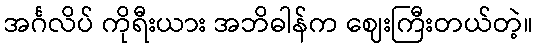
အင်္ဂလိပ် ကိုရီးယား အဘိဓါန်က ဈေးကြီးတယ်တဲ့။